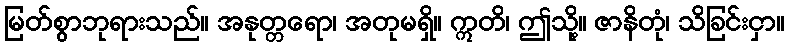
မြတ်စွာဘုရားသည်။ အနုတ္တရော၊ အတုမရှိ။ ဣတိ၊ ဤသို့။ ဇာနိတုံ၊ သိခြင်းငှာ။